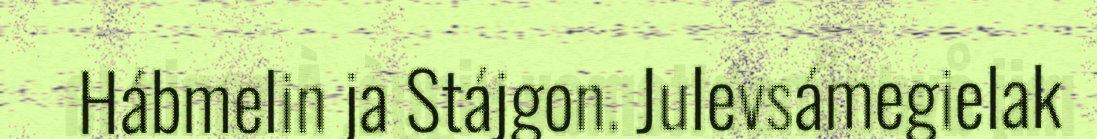
Hábmelin ja Stájgon. Julevsámegielak